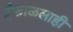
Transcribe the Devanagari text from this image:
इंफाळलाही